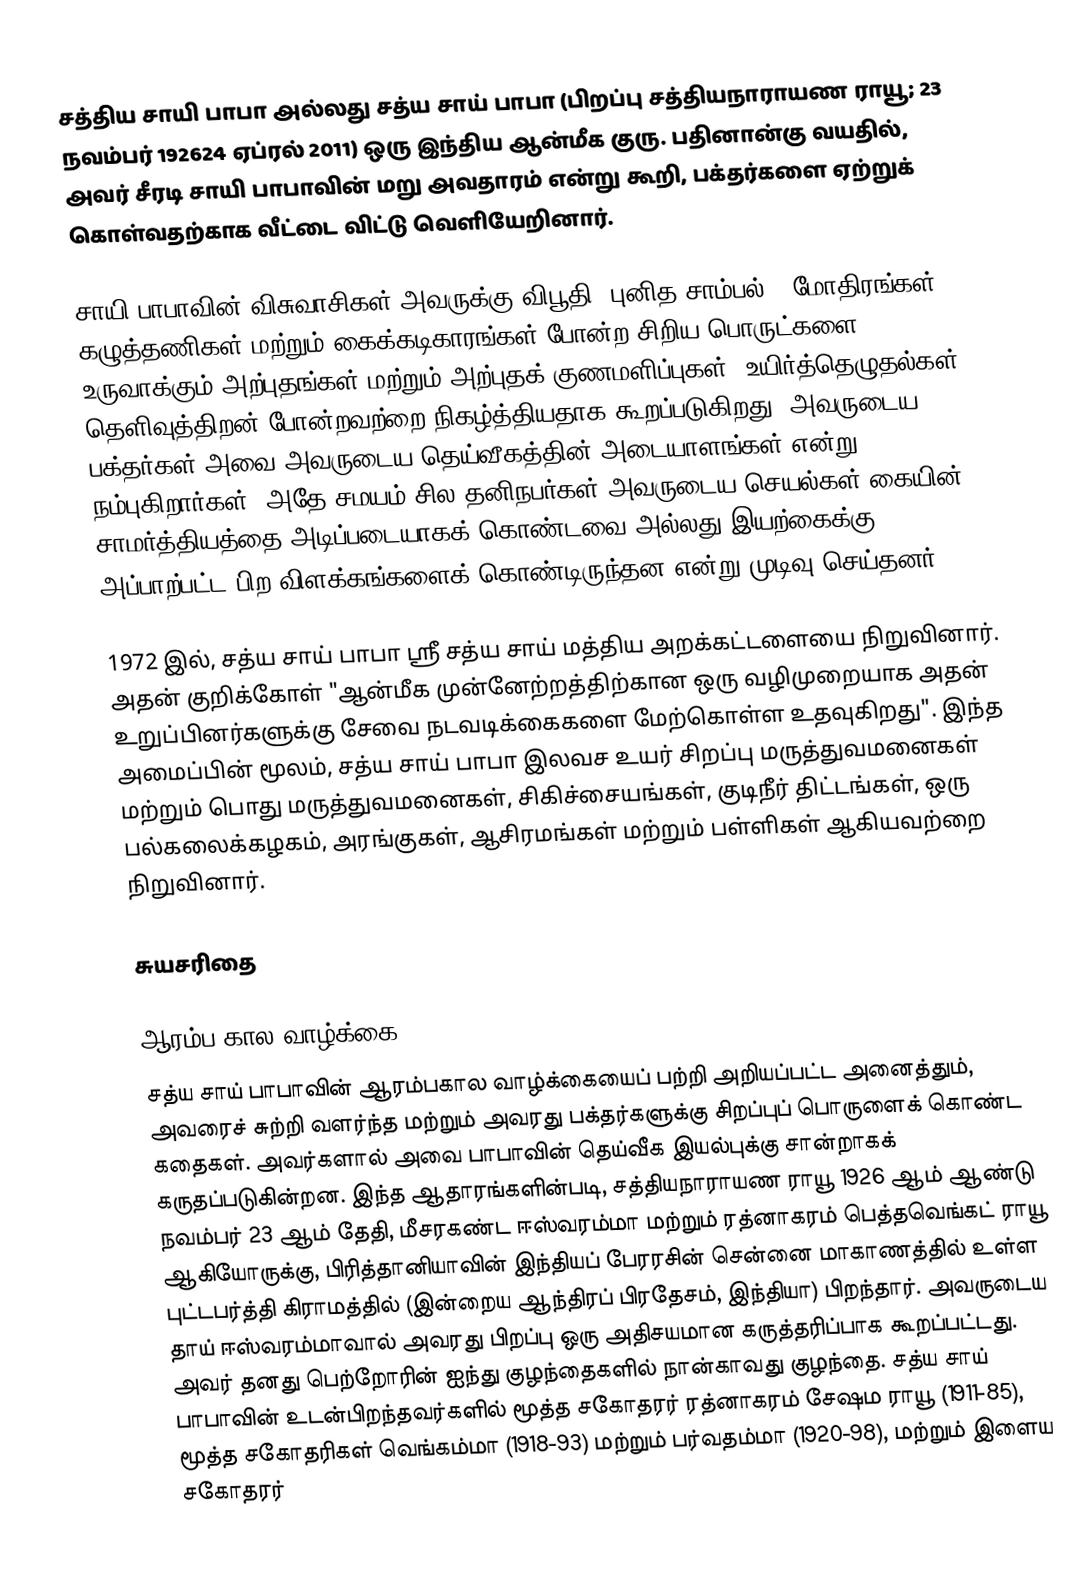
சத்திய சாயி பாபா அல்லது சத்ய சாய் பாபா (பிறப்பு சத்தியநாராயண ராயூ; 23 நவம்பர் 192624 ஏப்ரல் 2011) ஒரு இந்திய ஆன்மீக குரு. பதினான்கு வயதில், அவர் சீரடி சாயி பாபாவின் மறு அவதாரம் என்று கூறி, பக்தர்களை ஏற்றுக் கொள்வதற்காக வீட்டை விட்டு வெளியேறினார்.

சாயி பாபாவின் விசுவாசிகள் அவருக்கு விபூதி (புனித சாம்பல்), மோதிரங்கள், கழுத்தணிகள் மற்றும் கைக்கடிகாரங்கள் போன்ற சிறிய பொருட்களை உருவாக்கும் அற்புதங்கள் மற்றும் அற்புதக் குணமளிப்புகள், உயிர்த்தெழுதல்கள், தெளிவுத்திறன் போன்றவற்றை நிகழ்த்தியதாக கூறப்படுகிறது. அவருடைய பக்தர்கள் அவை அவருடைய தெய்வீகத்தின் அடையாளங்கள் என்று நம்புகிறார்கள், அதே சமயம் சில தனிநபர்கள் அவருடைய செயல்கள் கையின் சாமர்த்தியத்தை அடிப்படையாகக் கொண்டவை அல்லது இயற்கைக்கு அப்பாற்பட்ட பிற விளக்கங்களைக் கொண்டிருந்தன என்று முடிவு செய்தனர்.

1972 இல், சத்ய சாய் பாபா ஸ்ரீ சத்ய சாய் மத்திய அறக்கட்டளையை நிறுவினார். அதன் குறிக்கோள் "ஆன்மீக முன்னேற்றத்திற்கான ஒரு வழிமுறையாக அதன் உறுப்பினர்களுக்கு சேவை நடவடிக்கைகளை மேற்கொள்ள உதவுகிறது". இந்த அமைப்பின் மூலம், சத்ய சாய் பாபா இலவச உயர் சிறப்பு மருத்துவமனைகள் மற்றும் பொது மருத்துவமனைகள், சிகிச்சையங்கள், குடிநீர் திட்டங்கள், ஒரு பல்கலைக்கழகம், அரங்குகள், ஆசிரமங்கள்  மற்றும் பள்ளிகள் ஆகியவற்றை நிறுவினார்.

சுயசரிதை

ஆரம்ப கால வாழ்க்கை
சத்ய சாய் பாபாவின் ஆரம்பகால வாழ்க்கையைப் பற்றி அறியப்பட்ட அனைத்தும், அவரைச் சுற்றி வளர்ந்த மற்றும் அவரது பக்தர்களுக்கு சிறப்புப் பொருளைக் கொண்ட கதைகள். அவர்களால் அவை பாபாவின் தெய்வீக இயல்புக்கு சான்றாகக் கருதப்படுகின்றன. இந்த ஆதாரங்களின்படி, சத்தியநாராயண ராயூ 1926 ஆம் ஆண்டு நவம்பர் 23 ஆம் தேதி, மீசரகண்ட ஈஸ்வரம்மா மற்றும் ரத்னாகரம் பெத்தவெங்கட் ராயூ ஆகியோருக்கு, பிரித்தானியாவின் இந்தியப் பேரரசின் சென்னை மாகாணத்தில் உள்ள புட்டபர்த்தி கிராமத்தில் (இன்றைய ஆந்திரப் பிரதேசம், இந்தியா) பிறந்தார். அவருடைய தாய் ஈஸ்வரம்மாவால் அவரது பிறப்பு ஒரு அதிசயமான கருத்தரிப்பாக கூறப்பட்டது. அவர் தனது பெற்றோரின் ஐந்து குழந்தைகளில் நான்காவது குழந்தை. சத்ய சாய் பாபாவின் உடன்பிறந்தவர்களில் மூத்த சகோதரர் ரத்னாகரம் சேஷம ராயூ (1911-85), மூத்த சகோதரிகள் வெங்கம்மா (1918-93) மற்றும் பர்வதம்மா (1920-98), மற்றும் இளைய சகோதரர்